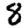
Digit: 8